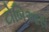
ટોબિઆસ